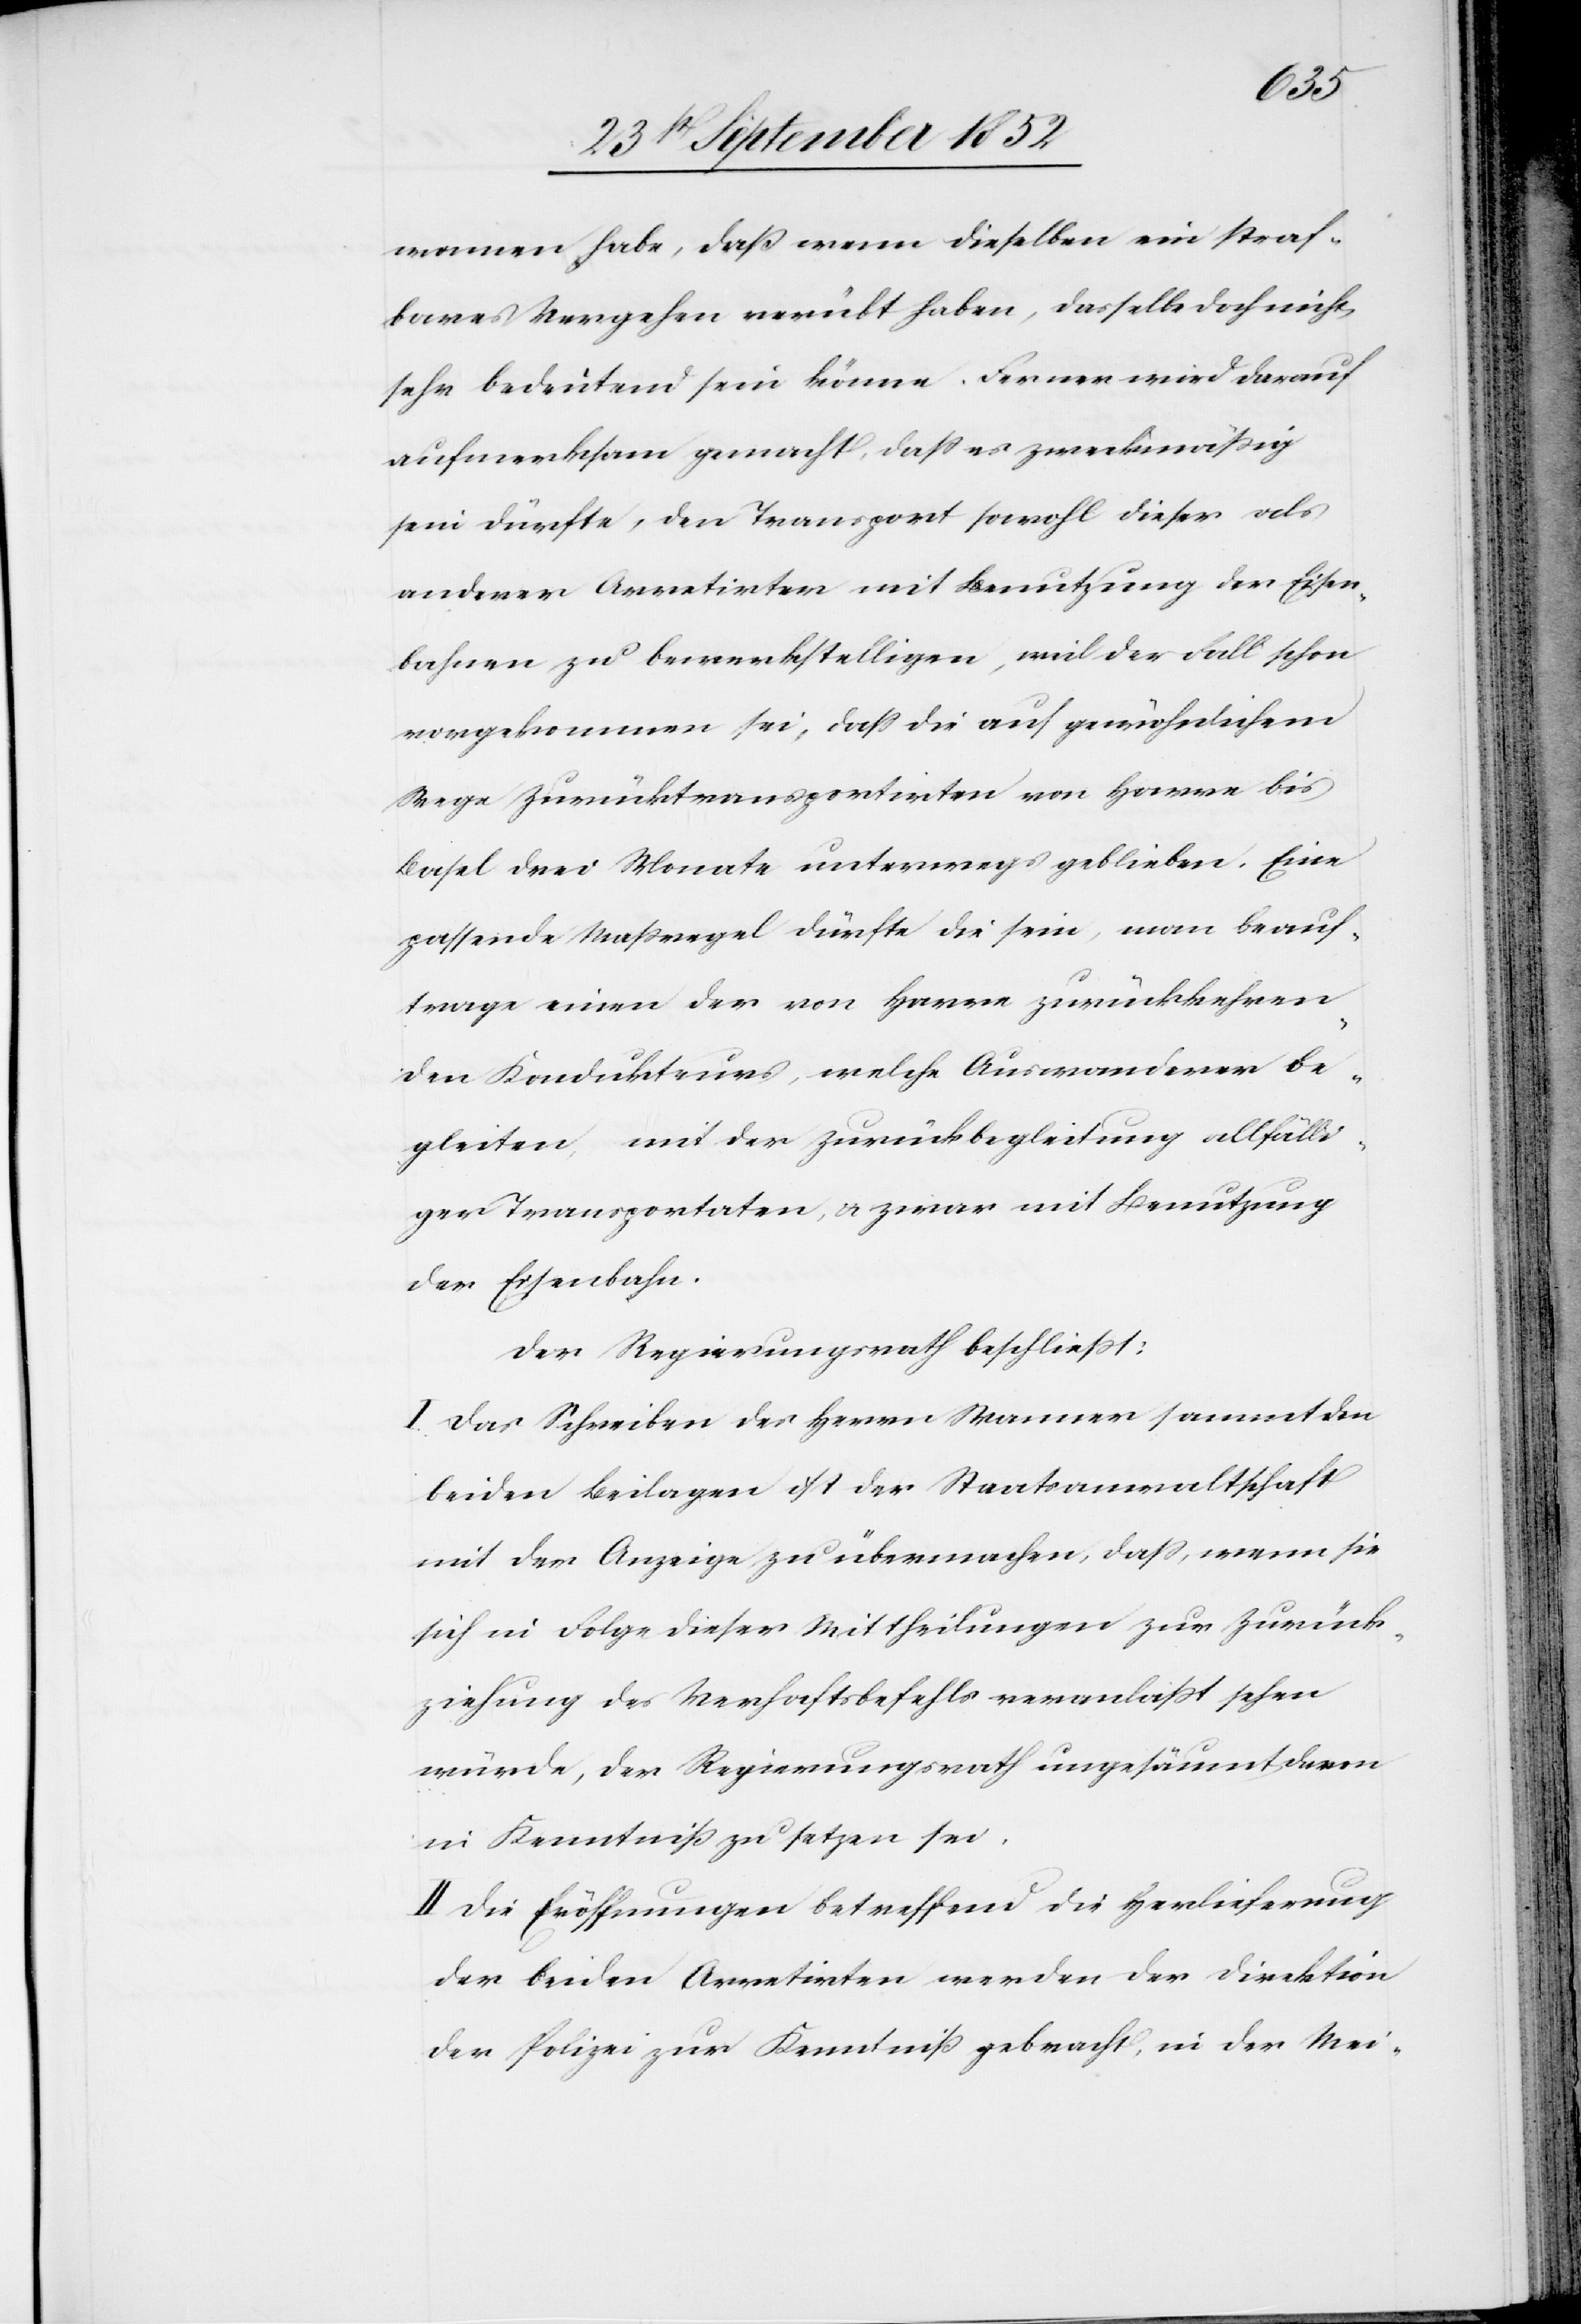
wonnen habe, daß wenn dieselben ein straf¬
bares Vergehen verübt haben, dasselbe doch nicht
sehr bedeutend sein könne. Ferner wird darauf
aufmerksam gemacht, dass es zweckmäßig
sein dürfte, den Transport sowohl dieser als
anderer Arretirter mit Benutzung der Eisen¬
bahnen zu bewerkstelligen, weil der Fall schon
vorgekommen sei, dass die auf gewöhnlichem
Wege Zurücktransportirten von Havre bis
Basel drei Monate unterwegs geblieben. Eine
passende Maßregel dürfte die sein, man beauf¬
trage einen der von Havre zurückkehren¬
den Kondukteurs, welche Auswanderer be¬
gleiten, mit der Zurückbegleitung allfälli¬
ger Transportaten, & zwar mit Benutzung
der Eisenbahn.
Der Regierungsrath beschließt:
I. Das Schreiben des Herrn Wanner sammt den
beiden Beilagen ist der Staatsanwaltschaft
mit der Anzeige zu übermachen, dass, wenn sie
sich in Folge dieser Mittheilungen zur Zurück¬
ziehung des Verhaftsbefehls veranlaßt sehen
würde, der Regierungsrath ungesäumt davon
in Kenntniß zu setzen sei.
II Die Eröffnungen betreffend die Herlieferung
der beiden Arretirten werden der Direktion
der Polizei zur Kenntniß gebracht, in der Mei-